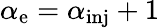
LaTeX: \alpha_{\mathrm{e}}=\alpha_{\mathrm{inj}}+1